Annual report of lunatic asylums [Bombay] - 1912-1922
Year: 1912
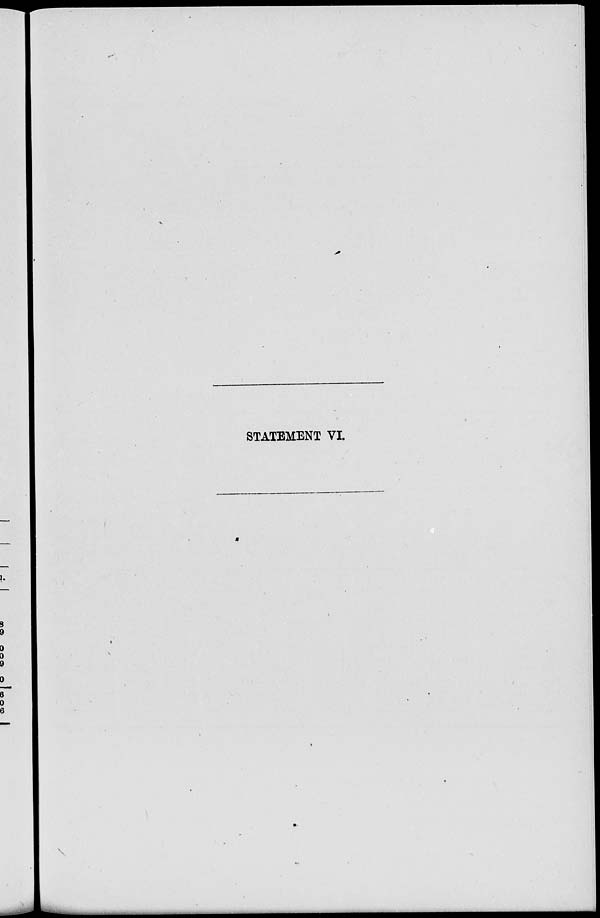
STATEMENT VI.